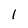
Character: I